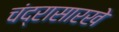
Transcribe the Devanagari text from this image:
चंद्रासारखे